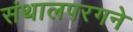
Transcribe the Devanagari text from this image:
संथालपरगने